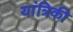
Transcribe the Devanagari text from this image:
यांत्रिकी